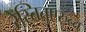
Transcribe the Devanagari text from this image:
रेस्तितुएरुन्त